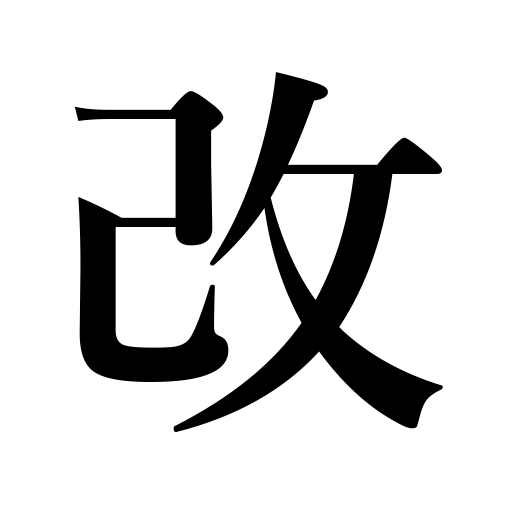
Meanings: be improved,renew,reform,be revised,be modified,be renovated,renovate,inspect,be renewed,be ceremonious,change,mend,modify,amend,search,be reformed,rectify,convert,improve,revise,examine